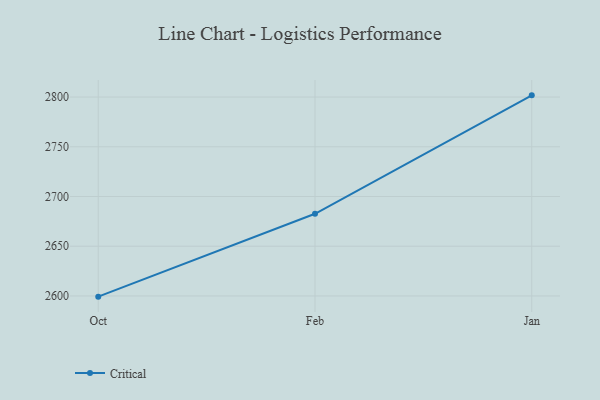
{"axis": {"x": "Month", "y": "Website Visitors"}, "legend": ["Critical"], "data": [{"x": "Oct", "y": 2599.3, "type": "Critical"}, {"x": "Feb", "y": 2682.6, "type": "Critical"}, {"x": "Jan", "y": 2801.7, "type": "Critical"}]}